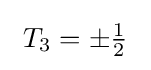
\ T_{3}=\pm {\tfrac {1}{2}}\